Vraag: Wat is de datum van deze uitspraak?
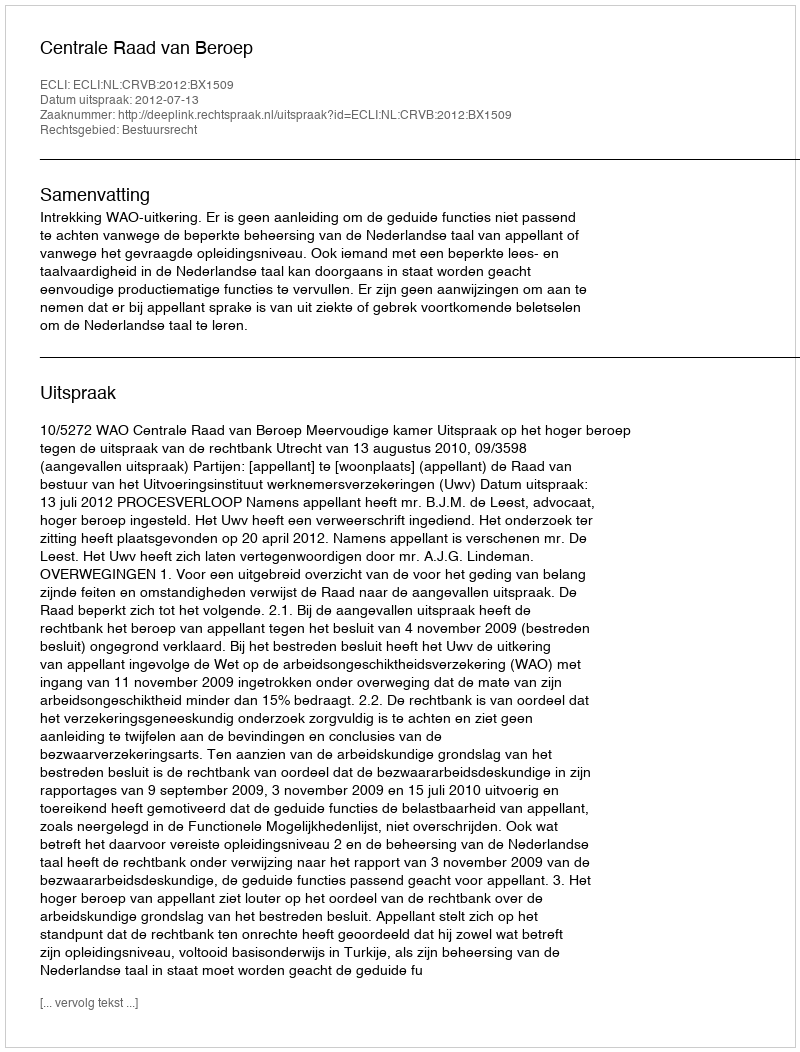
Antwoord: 2012-07-13